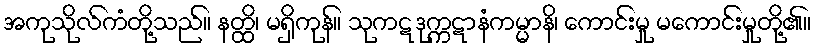
အကုသိုလ်ကံတို့သည်။ နတ္ထိ၊ မရှိကုန်။ သုကဋဒုက္ကဋာနံကမ္မာနိ၊ ကောင်းမှု မကောင်းမှုတို့၏။